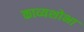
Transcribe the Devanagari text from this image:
काव्यशोभा